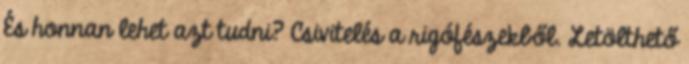
És honnan lehet azt tudni? Csivitelés a rigófészekből. Letölthető